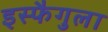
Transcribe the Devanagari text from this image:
इस्फैगुला